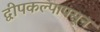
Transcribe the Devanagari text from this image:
द्वीपकल्पापसून